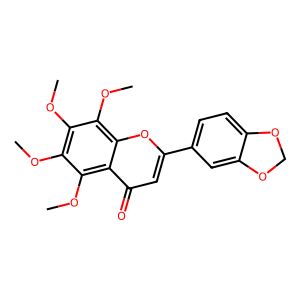
SMILES: COc1c(OC)c(OC)c2c(=O)cc(-c3ccc4c(c3)OCO4)oc2c1OC
Inhibits HIV replication: No